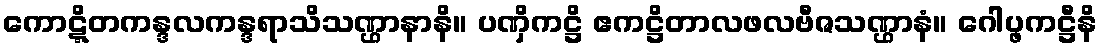
ကောဋ္ဋိတကန္ဒလကန္ဒရာသိသဏ္ဌာနာနိ။ ပဏှိကဋ္ဌိ ဧကဋ္ဌိတာလဖလဗီဇသဏ္ဌာနံ။ ဂေါပ္ဖကဋ္ဌီနိ